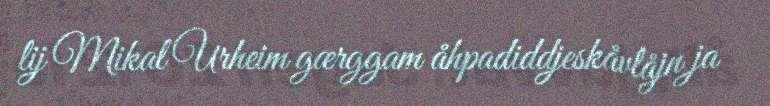
lij Mikal Urheim gærggam åhpadiddjeskåvlåjn ja